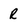
Character: r